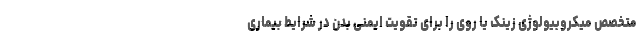
متخصص میکروبیولوژی زینک یا روی را برای تقویت ایمنی بدن در شرایط بیماری